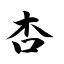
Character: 杏